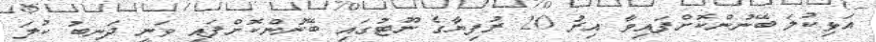
އަޅިކުލަ ބޭނުންކޮށްފައިވާ އިރު 20 ރުފިޔާގެ ނޫޓުގައި ބޭނުންކޮށްފައި ވަނީ ދަނބު ކުލަ